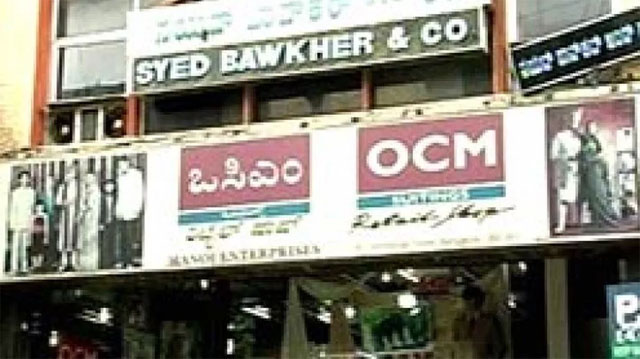
Language: kannada
Transcription: ಒಸಿಎಂ